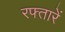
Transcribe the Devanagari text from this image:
रफ्तारें